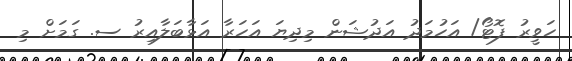
ހަވީރު ފޮޓޯ/ އަހުމަދު އަދުޝަން މިދިޔަ އަހަރާ އަޅާބަލާއިރު ސ. ގަމަށް މި